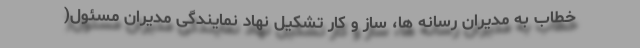
خطاب به مدیران رسانه ها، ساز و کار تشکیل نهاد نمایندگی مدیران مسئول(